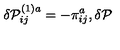
\delta \mathcal { P } _ { i j } ^ { ( 1 ) a } = - \pi _ { i j } ^ { a } , \delta \mathcal { P }